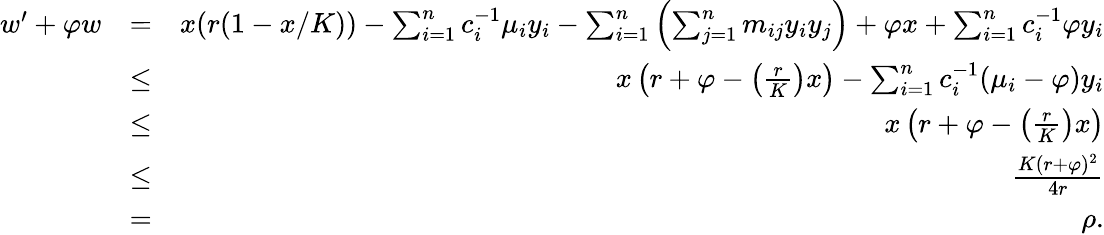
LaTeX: \begin{array}{rlr}{w^{\prime}+\varphi w}&{=}&{x(r(1-x/K))-\sum_{i=1}^{n}c_{i}^{-1}\mu_{i}y_{i}-\sum_{i=1}^{n}\left(\sum_{j=1}^{n}m_{ij}y_{i}y_{j}\right)+\varphi x+\sum_{i=1}^{n}c_{i}^{-1}\varphi y_{i}}\\ &{\leq}&{x\left(r+\varphi-\left(\frac{r}{K}\right)x\right)-\sum_{i=1}^{n}c_{i}^{-1}(\mu_{i}-\varphi)y_{i}}\\ &{\leq}&{x\left(r+\varphi-\left(\frac{r}{K}\right)x\right)}\\ &{\leq}&{\frac{K(r+\varphi)^{2}}{4r}}\\ &{=}&{\rho.}\end{array}